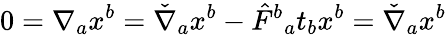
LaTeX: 0=\nabla_{a}x^{b}=\check{\nabla}_{a}x^{b}-\hat{F}{}^{b}{}_{a}t_{b}x^{b}=\check{\nabla}_{a}x^{b}